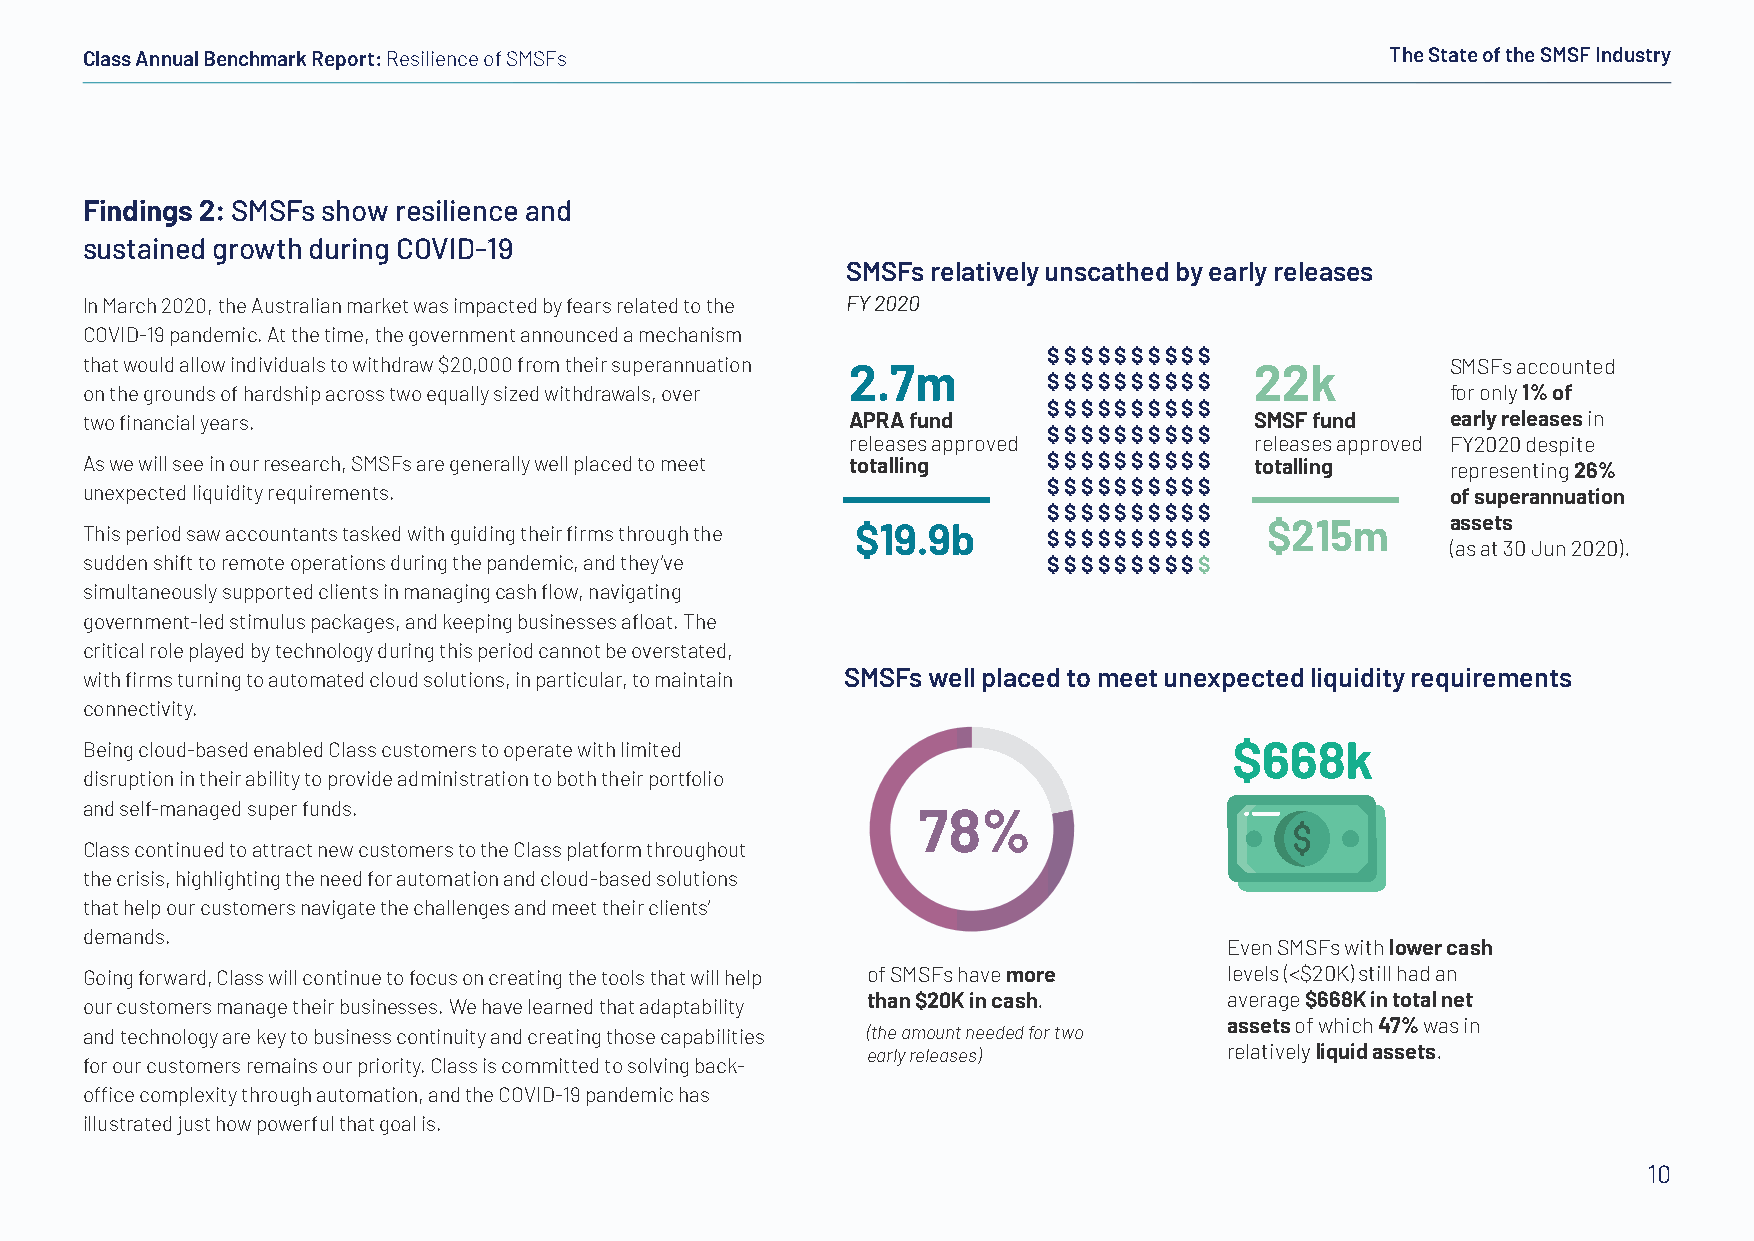
Class Annual Benchmark Report: Resilience of SMSFs                                     The State of the SMSF Industry
 Findings 2: SMSFs show resilience and
 sustained growth during COVID-19
 SMSFs relatively unscathed by early releases
 In March 2020, the Australian market was impacted by fears related to the FY 2020
 COVID-19 pandemic. At the time, the government announced a mechanism
 $ $ $ $ $ $ $ $ $ $
 that would allow individuals to withdraw $20,000 from their superannuation 2.7m 22k        SMSFs accounted
 $ $ $ $ $ $ $ $ $ $
 on the grounds of hardship across two equally sized withdrawals, over                      for only 1% of
 $ $ $ $ $ $ $ $ $ $
 two financial years.                               APRA fund                  SMSF fund    early releases in
 $ $ $ $ $ $ $ $ $ $
 releases approved          releases approved FY2020 despite
 As we will see in our research, SMSFs are generally well placed to meet totalling $ $ $ $ $ $ $ $ $ $ totalling representing 26%
 $ $ $ $ $ $ $ $ $ $
 unexpected liquidity requirements.                                                         of superannuation
 $ $ $ $ $ $ $ $ $ $
 This period saw accountants tasked with guiding their firms through the $19.9b $ $ $ $ $ $ $ $ $ $ $215m assets
 (as at 30 Jun 2020).
 sudden shift to remote operations during the pandemic, and they’ve $ $ $ $ $ $ $ $ $ $
 simultaneously supported clients in managing cash flow, navigating
 government-led stimulus packages, and keeping businesses afloat. The
 critical role played by technology during this period cannot be overstated,
 with firms turning to automated cloud solutions, in particular, to maintain SMSFs well placed to meet unexpected liquidity requirements
 connectivity.
 Being cloud-based enabled Class customers to operate with limited            $668k
 disruption in their ability to provide administration to both their portfolio
 and self-managed super funds.
 78%
 Class continued to attract new customers to the Class platform throughout
 the crisis, highlighting the need for automation and cloud-based solutions
 that help our customers navigate the challenges and meet their clients’
 demands.
 Even SMSFs with lower cash
 Going forward, Class will continue to focus on creating the tools that will help of SMSFs have more levels (<$20K) still had an
 than $20K in cash.      average $668K in total net
 our customers manage their businesses. We have learned that adaptability
 assets of which 47% was in
 and technology are key to business continuity and creating those capabilities (the amount needed for two
 early releases)         relatively liquid assets.
 for our customers remains our priority. Class is committed to solving back-
 office complexity through automation, and the COVID-19 pandemic has
 illustrated just how powerful that goal is.
 10